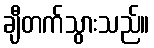
ချီတက်သွားသည်။